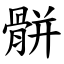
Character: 骿